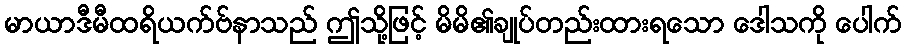
မာယာဒီမီထရိယက်ဗ်နာသည် ဤသို့ဖြင့် မိမိ၏ချုပ်တည်းထားရသော ဒေါသကို ပေါက်